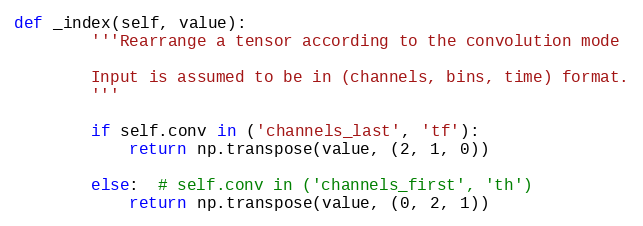
Language: Python
def _index(self, value):
        '''Rearrange a tensor according to the convolution mode

        Input is assumed to be in (channels, bins, time) format.
        '''

        if self.conv in ('channels_last', 'tf'):
            return np.transpose(value, (2, 1, 0))

        else:  # self.conv in ('channels_first', 'th')
            return np.transpose(value, (0, 2, 1))